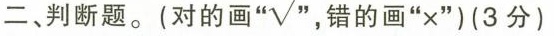
二、判断题。(对的画” \sqrt{} ，错的画”×”)(3分))